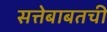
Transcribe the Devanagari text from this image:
सत्तेबाबतची